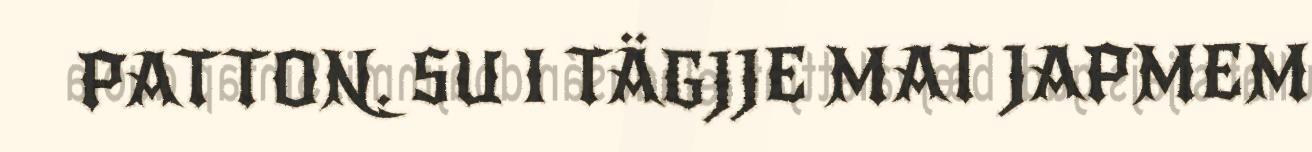
PATTON. SU I TÄGJJE MAT JAPMEM